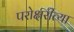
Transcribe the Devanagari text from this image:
परोक्षरीत्या